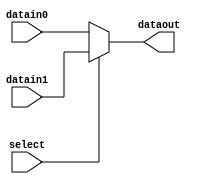
module mux2to1for5bit(datain0,datain1, dataout, select);
input [4:0] datain0, datain1;
input select;
output [4:0] dataout; 
reg [4:0] dataout;

/*whenever datain0 or datain1 or select signals is changed*/
always @(datain0 or datain1 or select)
begin 
if (select == 0)
   dataout = datain0;
else
   dataout = datain1;
end 
endmodule